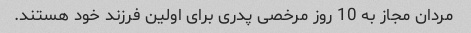
مردان مجاز به 10 روز مرخصی پدری برای اولین فرزند خود هستند.